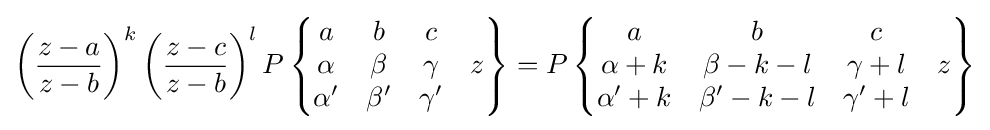
\left({\frac {z-a}{z-b}}\right)^{k}\left({\frac {z-c}{z-b}}\right)^{l}P\left\{{\begin{matrix}a&b&c&\;\\\alpha &\beta &\gamma &z\\\alpha '&\beta '&\gamma '&\;\end{matrix}}\right\}=P\left\{{\begin{matrix}a&b&c&\;\\\alpha +k&\beta -k-l&\gamma +l&z\\\alpha '+k&\beta '-k-l&\gamma '+l&\;\end{matrix}}\right\}